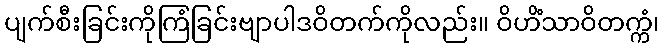
ပျက်စီးခြင်းကိုကြံခြင်းဗျာပါဒဝိတက်ကိုလည်း။ ဝိဟိံသာဝိတက္ကံ၊